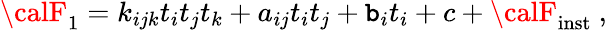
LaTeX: {\calF}_{1}=k_{ijk}t_{i}t_{j}t_{k}+a_{ij}t_{i}t_{j}+\mathtt{b}_{i}t_{i}+c+{\calF}_{\mathrm{{inst}}}\ ,